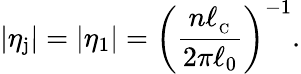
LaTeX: \vert\eta_{\mathrm{j}}\vert=\vert\eta_{1}\vert=\biggl(\frac{n\ell_{_\mathrm{C}}}{2\pi\ell_{0}}\biggl)^{-1}.